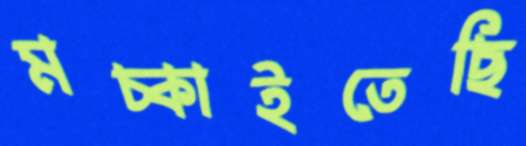
মচ্‌কাইতেছি